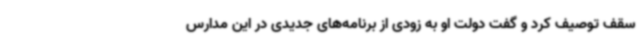
سقف توصیف کرد و گفت دولت او به زودی از برنامه‌های جدیدی در این مدارس